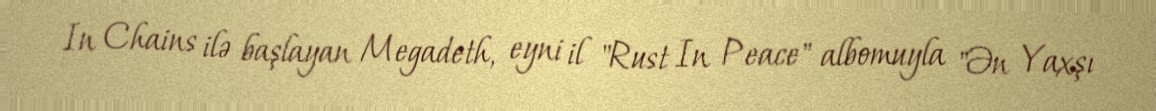
In Chains ilə başlayan Megadeth, eyni il "Rust In Peace" albomuyla "Ən Yaxşı